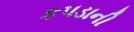
કપડાની